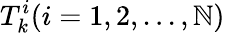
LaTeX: T_{k}^{i}(i=1,2,...,\mathbb{N})